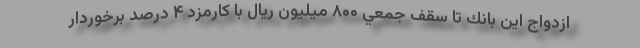
ازدواج اين بانك تا سقف جمعي ۸۰۰ ميليون ريال با كارمزد ۴ درصد برخوردار